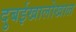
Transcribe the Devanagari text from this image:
दुबईखालोखाल